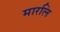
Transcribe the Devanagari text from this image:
मारलि